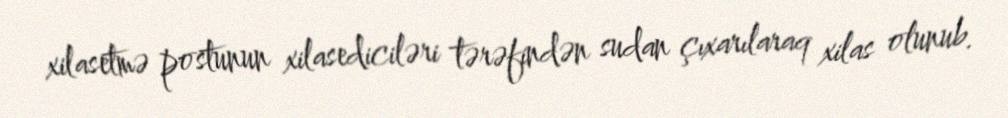
xilasetmə postunun xilasediciləri tərəfindən sudan çıxarılaraq xilas olunub.